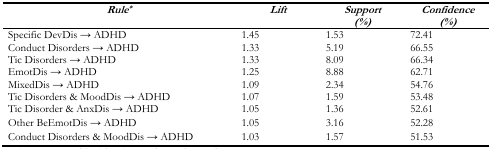
<table><thead><tr><td><b><i>Rule<sup>*</sup></i></b></td><td><b><i>Lift</i></b></td><td><b><i>Support (%)</i></b></td><td><b><i>Confidence (%)</i></b></td></tr></thead><tbody><tr><td>Specific DevDis → ADHD</td><td>1.45</td><td>1.53</td><td>72.41</td></tr><tr><td>Conduct Disorders → ADHD</td><td>1.33</td><td>5.19</td><td>66.55</td></tr><tr><td>Tic Disorders → ADHD</td><td>1.33</td><td>8.09</td><td>66.34</td></tr><tr><td>EmotDis → ADHD</td><td>1.25</td><td>8.88</td><td>62.71</td></tr><tr><td>MixedDis → ADHD</td><td>1.09</td><td>2.34</td><td>54.76</td></tr><tr><td>Tic Disorders &amp; MoodDis → ADHD</td><td>1.07</td><td>1.59</td><td>53.48</td></tr><tr><td>Tic Disorder &amp; AnxDis → ADHD</td><td>1.05</td><td>1.36</td><td>52.61</td></tr><tr><td>Other BeEmotDis → ADHD</td><td>1.05</td><td>3.16</td><td>52.28</td></tr><tr><td>Conduct Disorders &amp; MoodDis → ADHD</td><td>1.03</td><td>1.57</td><td>51.53</td></tr></tbody></table>